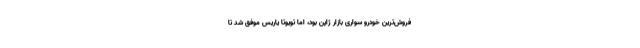
فروش‌ترین خودرو سواری بازار ژاپن بود، اما تویوتا یاریس موفق شد تا